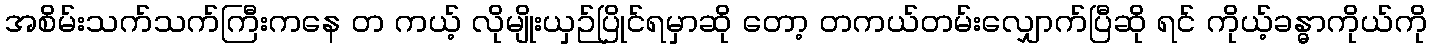
အစိမ်းသက်သက်ကြီးကနေ တ ကယ့် လိုမျိုးယှဉ်ပြိုင်ရမှာဆို တော့ တကယ်တမ်းလျှောက်ပြီဆို ရင် ကိုယ့်ခန္ဓာကိုယ်ကို